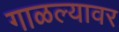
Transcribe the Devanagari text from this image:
गाळल्यावर